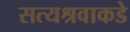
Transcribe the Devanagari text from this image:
सत्यश्रवाकडे